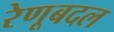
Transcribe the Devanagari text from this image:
रेणूबदल